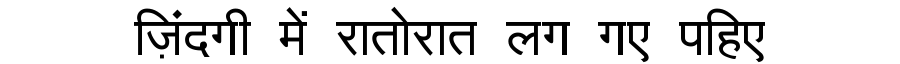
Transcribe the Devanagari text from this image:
ज़िंदगी में रातोरात लग गए पहिए